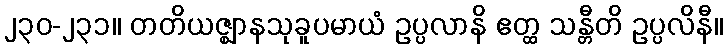
၂၃၀-၂၃၁။ တတိယဇ္ဈာနသုခူပမာယံ ဥပ္ပလာနိ ဧတ္ထ သန္တီတိ ဥပ္ပလိနီ။